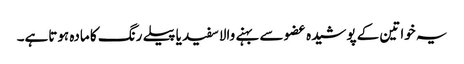
یہ خواتین کے پوشیدہ عضو سے بہنے والاسفید یاپیلے رنگ کا مادہ ہوتاہے۔